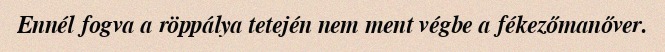
Ennél fogva a röppálya tetején nem ment végbe a fékezőmanőver.